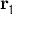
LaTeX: \mathbf { r } _ { 1 }